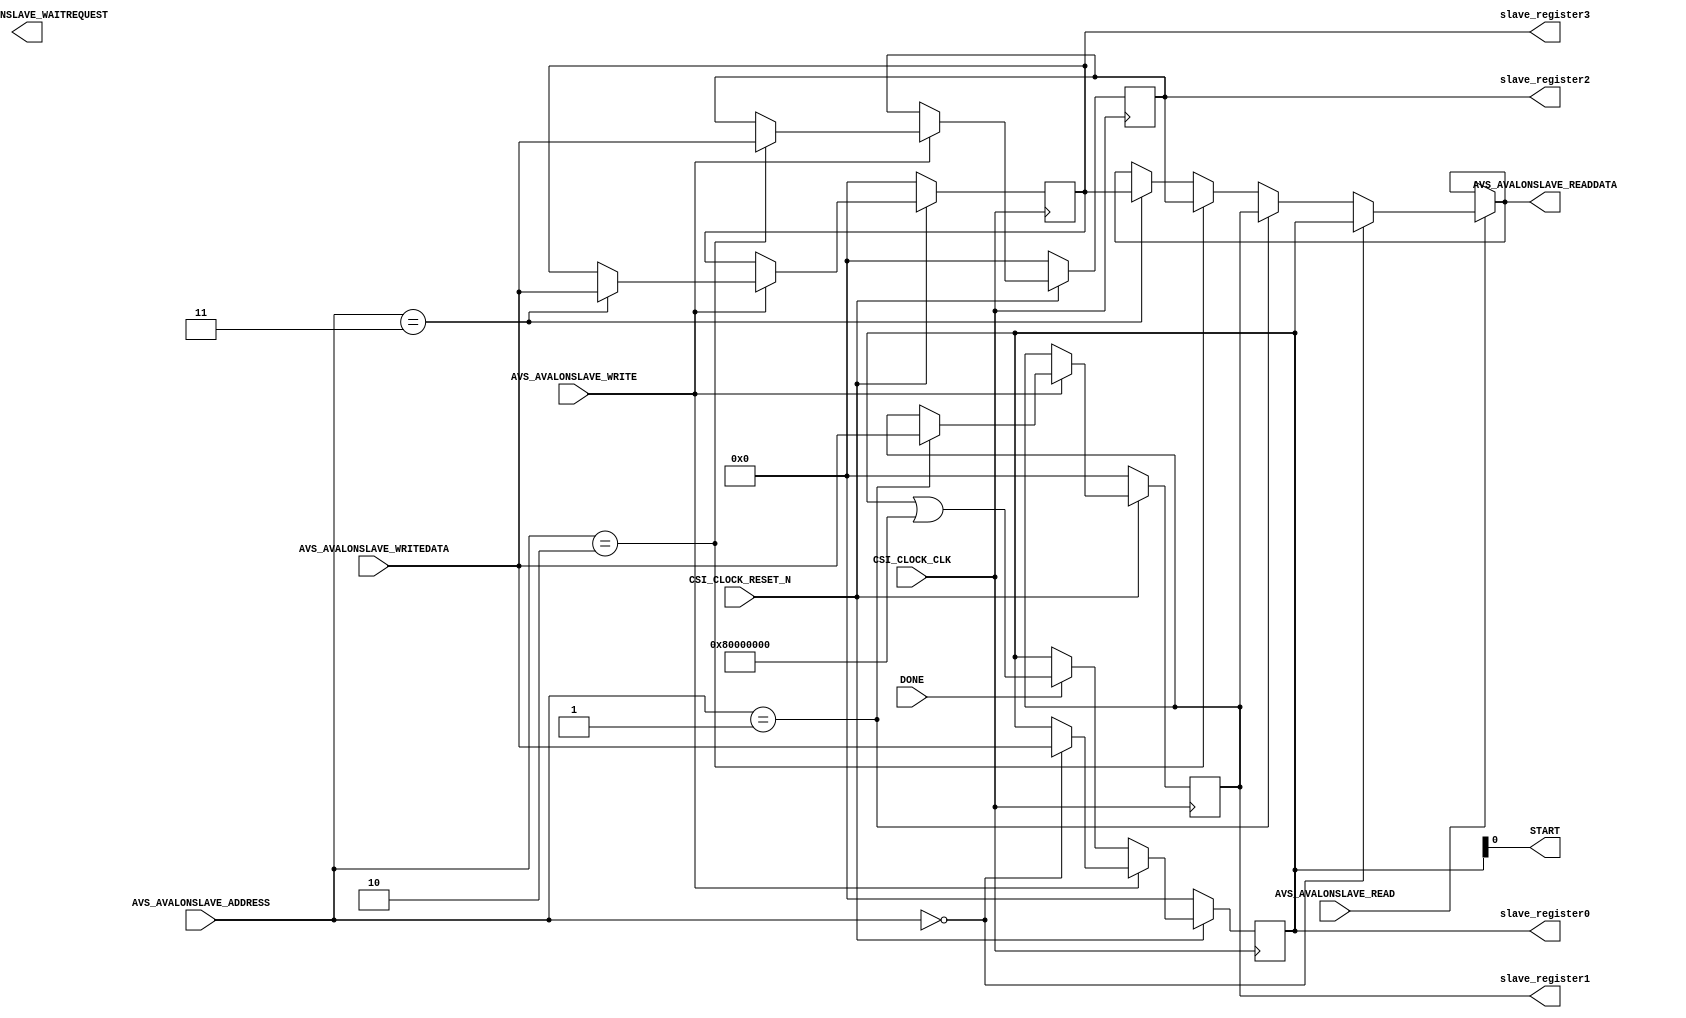
module AVS_AVALONSLAVE #
(
  // you can add parameters here
  // you can change these parameters
  parameter integer AVS_AVALONSLAVE_DATA_WIDTH = 32,
  parameter integer AVS_AVALONSLAVE_ADDRESS_WIDTH = 4
)
(
  // user ports begin
  output wire START,
  input wire DONE,

  // user ports end
  // dont change these ports
  input wire CSI_CLOCK_CLK,
  input wire CSI_CLOCK_RESET_N,
  input wire [AVS_AVALONSLAVE_ADDRESS_WIDTH - 1:0] AVS_AVALONSLAVE_ADDRESS,
  output wire AVS_AVALONSLAVE_WAITREQUEST,
  input wire AVS_AVALONSLAVE_READ,
  input wire AVS_AVALONSLAVE_WRITE,
  output wire [AVS_AVALONSLAVE_DATA_WIDTH - 1:0] AVS_AVALONSLAVE_READDATA,
  input wire [AVS_AVALONSLAVE_DATA_WIDTH - 1:0] AVS_AVALONSLAVE_WRITEDATA,
  output wire [AVS_AVALONSLAVE_DATA_WIDTH - 1 : 0] slave_register0,
  output wire [AVS_AVALONSLAVE_DATA_WIDTH - 1 : 0] slave_register1,
  output wire [AVS_AVALONSLAVE_DATA_WIDTH - 1 : 0] slave_register2,
  output wire [AVS_AVALONSLAVE_DATA_WIDTH - 1 : 0] slave_register3
);

  // output wires and registers
  // you can change name and type of these ports
  wire start;

  reg wait_request;
  reg [AVS_AVALONSLAVE_DATA_WIDTH - 1:0] read_data;
  // these are slave registers. they MUST be here!
  reg [AVS_AVALONSLAVE_DATA_WIDTH - 1:0] slv_reg0;
  reg [AVS_AVALONSLAVE_DATA_WIDTH - 1:0] slv_reg1;
  reg [AVS_AVALONSLAVE_DATA_WIDTH - 1:0] slv_reg2;
  reg [AVS_AVALONSLAVE_DATA_WIDTH - 1:0] slv_reg3;

  // I/O assignment
  // never directly send values to output
  assign START = start;

  assign AVS_AVALONSLAVE_WAITREQUEST = wait_request;
  assign AVS_AVALONSLAVE_READDATA = read_data;

  // it is an example and you can change it or delete it completely
  always @(posedge CSI_CLOCK_CLK)
  begin
    // usually resets are active low but you can change its trigger type
    if(CSI_CLOCK_RESET_N == 0)
    begin
      slv_reg0 <= 0;
      slv_reg1 <= 0;
      slv_reg2 <= 0;
      slv_reg3 <= 0;
    end
    else if(AVS_AVALONSLAVE_WRITE)
    begin
      // address is always bytewise so must devide it by 4 for 32bit word
      case(AVS_AVALONSLAVE_ADDRESS)
      0: slv_reg0 <= AVS_AVALONSLAVE_WRITEDATA;
      1: slv_reg1 <= AVS_AVALONSLAVE_WRITEDATA;
      2: slv_reg2 <= AVS_AVALONSLAVE_WRITEDATA;
      3: slv_reg3 <= AVS_AVALONSLAVE_WRITEDATA;
      default:
      begin
        slv_reg0 <= slv_reg0;
        slv_reg1 <= slv_reg1;
        slv_reg2 <= slv_reg2;
        slv_reg3 <= slv_reg3;
      end
      endcase
    end
    // it is an example design
    else if(DONE)
    begin
      slv_reg0 <= (slv_reg0 | 32'h80000000);
    end
  end

  assign AVS_AVALONSLAVE_READDATA = ~AVS_AVALONSLAVE_READ ? AVS_AVALONSLAVE_READDATA : 
				    (AVS_AVALONSLAVE_ADDRESS == 0) ? slv_reg0 :
				    (AVS_AVALONSLAVE_ADDRESS == 1) ? slv_reg1 :
				    (AVS_AVALONSLAVE_ADDRESS == 2) ? slv_reg2 :
				    (AVS_AVALONSLAVE_ADDRESS == 3) ? slv_reg3 :
				     AVS_AVALONSLAVE_READDATA;
 
  assign start = slv_reg0[0];

  assign slave_register0 = slv_reg0;
  assign slave_register1 = slv_reg1;
  assign slave_register2 = slv_reg2;
  assign slave_register3 = slv_reg3;

endmodule